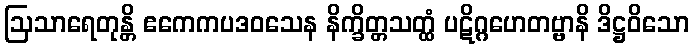
ဩသာရေတုန္တိ ဧကေကပဒဝသေန နိက္ခိတ္တသတ္ထံ ပဋိဂ္ဂဟေတဗ္ဗာနိ ဒိဋ္ဌဝိသော